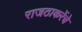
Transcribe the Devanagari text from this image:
राजठाकरेंचे